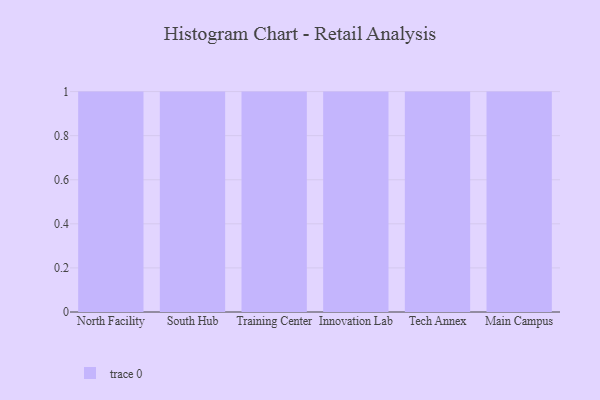
{"axis": {"x": "Campus", "y": "Net Income (USD K)"}, "legend": [""], "data": [{"x": "North Facility", "y": 2, "type": ""}, {"x": "South Hub", "y": 54, "type": ""}, {"x": "Training Center", "y": 76, "type": ""}, {"x": "Innovation Lab", "y": 55, "type": ""}, {"x": "Tech Annex", "y": 2, "type": ""}, {"x": "Main Campus", "y": 69, "type": ""}]}